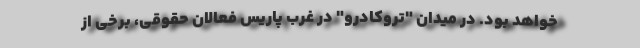
خواهد بود. در میدان "تروکادرو" در غرب پاریس فعالان حقوقی، برخی از